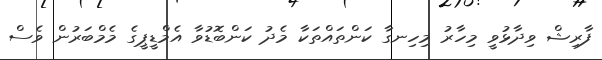
ފާރިޝް ވިދާޅުވީ މިހާރު މިހިނގާ ކަންތައްތަކާ މެދު ކަންބޮޑުވާ އެމްޑީޕީގެ މެމްބަރުން ވެސް